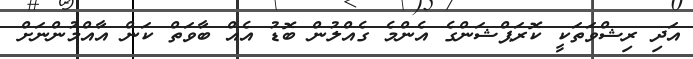
އަދި ރިޝްވަތަކީ ކޮރަޕްޝަންގެ އެންމެ ގެއްލުން ބޮޑު އެއް ބާވަތް ކަން އާއްމުންނަށް